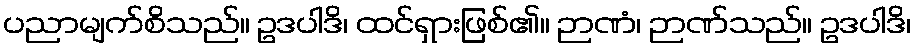
ပညာမျက်စိသည်။ ဥဒပါဒိ၊ ထင်ရှားဖြစ်၏။ ဉာဏံ၊ ဉာဏ်သည်။ ဥဒပါဒိ၊